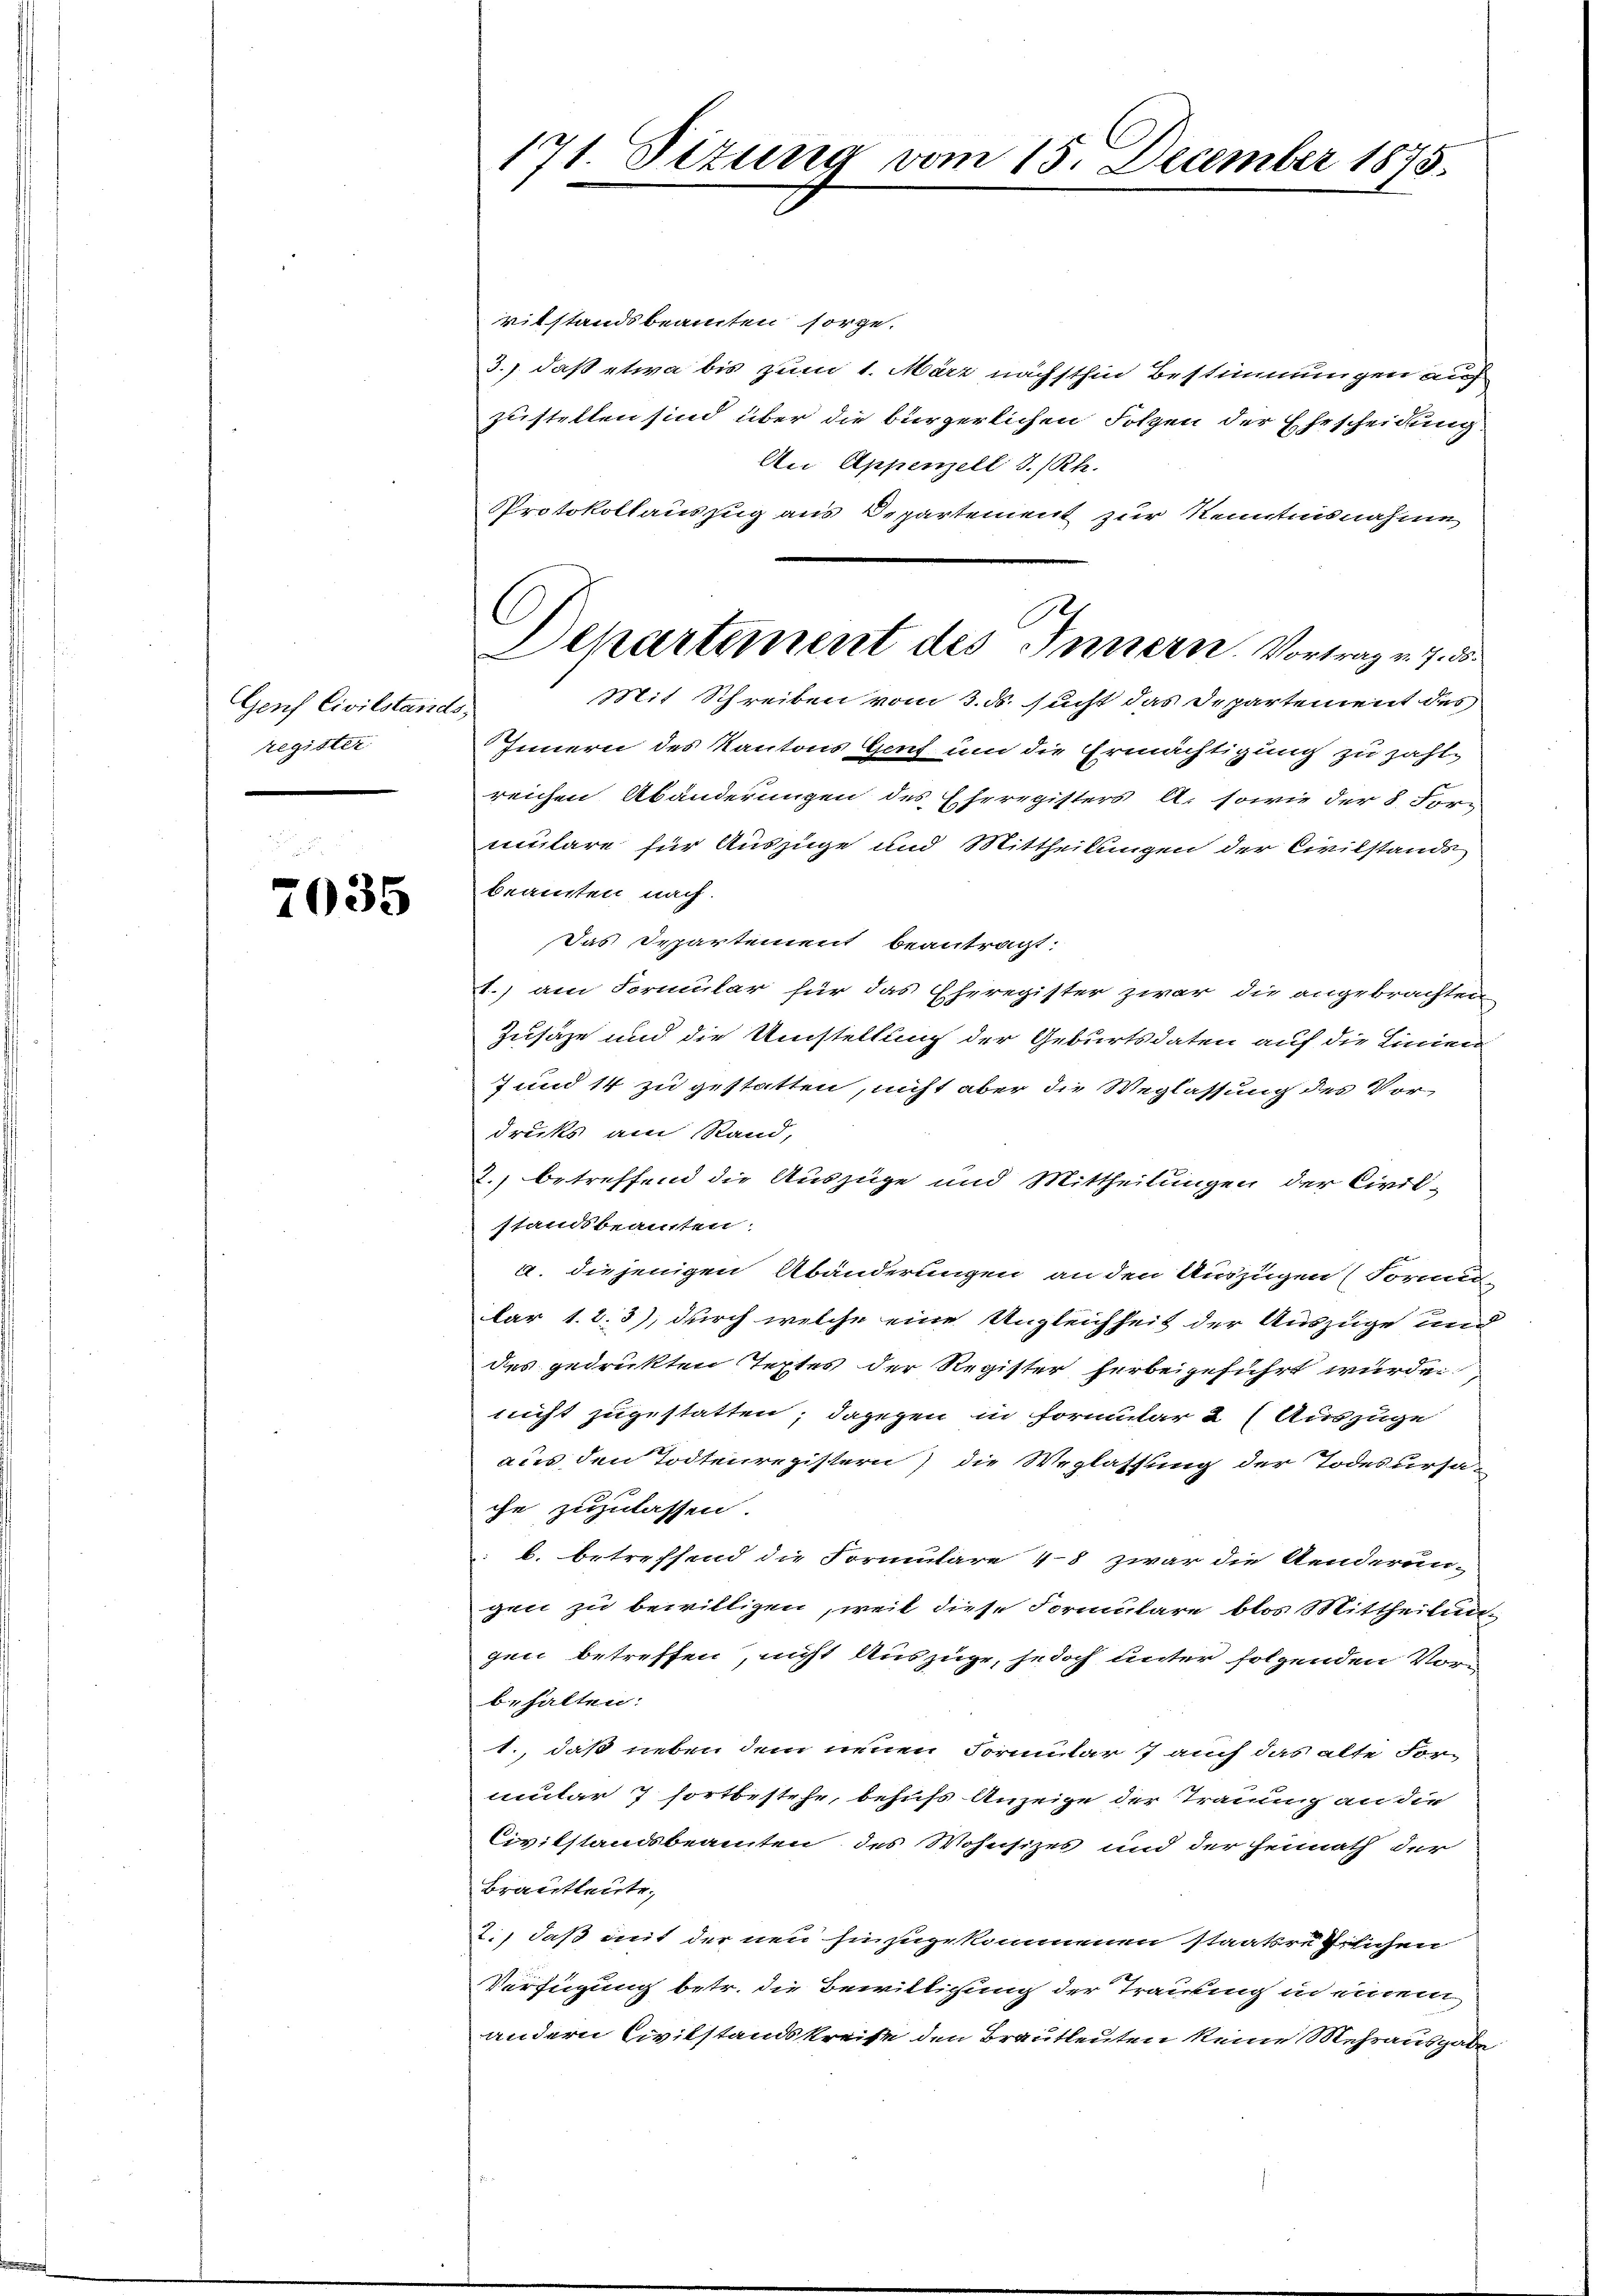
Genf Civilstande
register

7035

171. Sizung vom 15. December 1875.

Departement des Innern. Vortrag v. 7. ds.

vitstandsbeamten sorge.
3.) daß etwa bis zum 1. März nächsthin Bestimmungen auf
zustellen sind über die bürgerlichen Folgen der Ehescheidung
An Appenzell I/Rh.
Protokollauszug aus Departement zur Kenntnisnahme
Mit Schreiben vom 3. ds. sucht das Departement des
Innern des Kantons Gent um die Ermächtigung zu zahl-
reichen Abänderungen des Eheregisters A. sowie der 8. Formulare für Auszüge und Mittheilungen der Civilstands
beamten nach
Das Departement beantragt.
) am Formular für das Eheregister zwar die angebrachten
Zusäze und die Umstellung der Geburtsdaten auf die Linien
7 und 14 zu gestatten, nicht aber die Weglassung des Vor-
drucks am Stand,
2.) betreffend die Auszüge und Mittheilungen der Civil-
standsbeamten:
a. diejenigen Abänderungen an den Auszügen (Formen
lar 1. 2. 3), durch welche eine Ungleichheit der Auszuge und
des gedrukten Textes der Register herbeigeführt wurden
nicht zugestatten; dagegen in Formular 2 (Auszuge
aus den Todtenregistern) die Weglassung der Todesursaen
che zuzulassen.
b. betreffend die Formulare 48 zwar die Aenderun-
gen zu bewilligen, weil diese Formulare blos Mittheilun
gen betreffen, nicht Auszüge, jedoch unter folgenden Vorb. halten:
1., daß sieben dem neuen Formular 7 auch das alte Formular 7 fortbestehe, behufs Anzeige der Trauung an die
Civilstandsbeamten des Wohnsizes und der Heimath der
Brautleute,
.) daß mit der neu hinzugekommenen staatsräthlichen
Verfügung betr. die Bewilligung der Trauung in einem
andern Civilstandskreise den Brautleuten keine Mehrausgabe